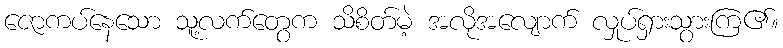
ဇောကပ်နေသော သူ့လက်တွေက သိစိတ်မဲ့ အလိုအလျောက် လှုပ်ရှားသွားကြ၏။